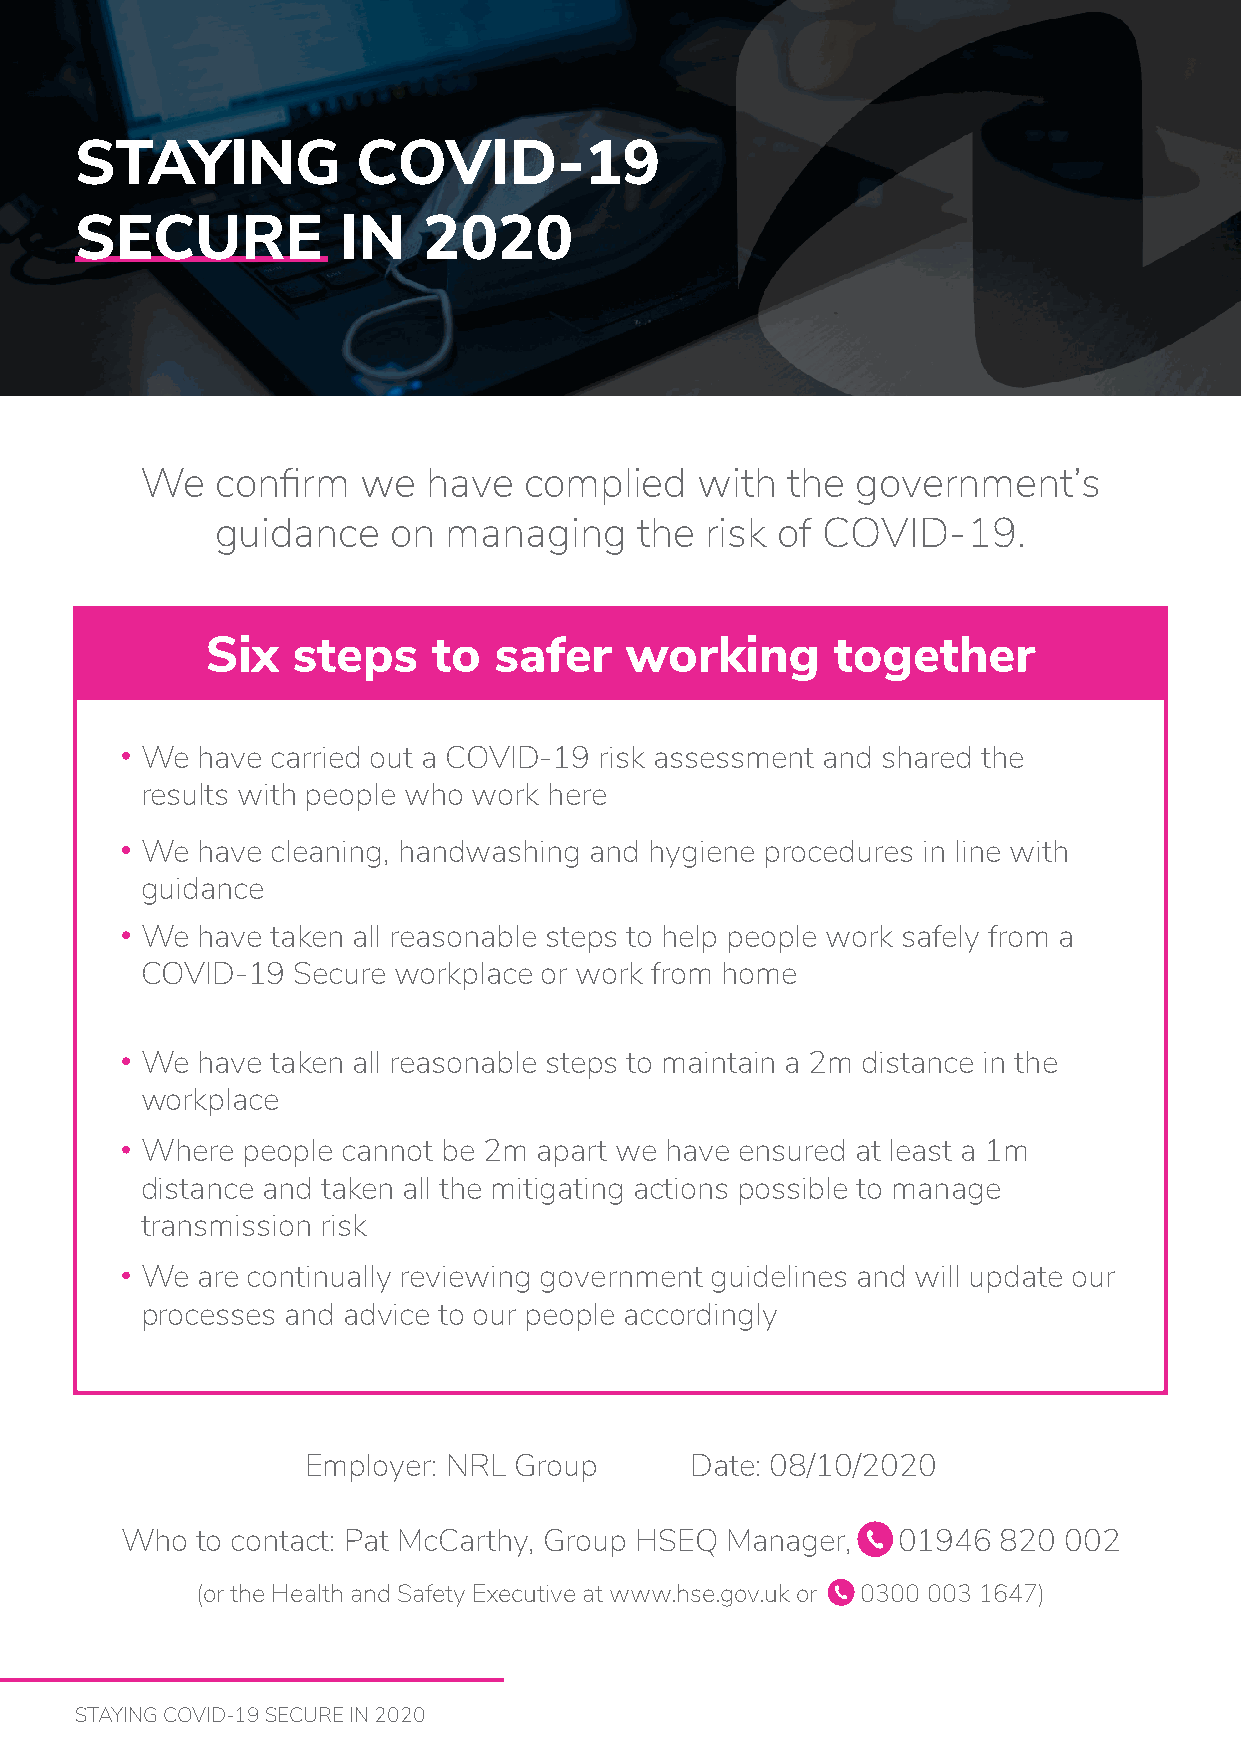
STAYING            COVID-19
 SECURE           IN    2020
 We   confirm   we  have   complied   with  the  government’s
 guidance    on  managing    the  risk of COVID-19.
 Six  steps     to  safer   working       together
 We  have carried out a COVID-19 risk assessment and shared the
 results with people who work here
 We  have cleaning, handwashing and hygiene procedures in line with
 guidance
 We  have taken all reasonable steps to help people work safely from a
 COVID-19  Secure workplace or work from home
 We  have taken all reasonable steps to maintain a 2m distance in the
 workplace
 Where  people cannot be 2m apart we have ensured at least a 1m
 distance and taken all the mitigating actions possible to manage
 transmission risk
 We  are continually reviewing government guidelines and will update our
 processes and advice to our people accordingly
 Employer: NRL Group       Date: 08/10/2020
 Who  to contact: Pat McCarthy, Group HSEQ Manager, 01946  820 002
 (or the Health and Safety Executive at www.hse.gov.uk or 0300 003 1647)
 STAYING COVID-19 SECURE IN 2020